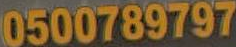
0500789797